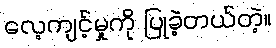
လေ့ကျင့်မှုကို ပြုခဲ့တယ်တဲ့။